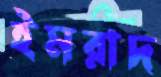
ইমরাদ